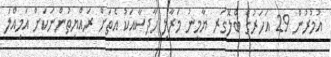
އުމުރުން 29 އަހަރުގެ ބްލޮގަރ ޔާމީނު މަރާލި ހާދިސާއަކު އެތަށް ރައްޔިތުންނަކަށް އަމިއްލަ